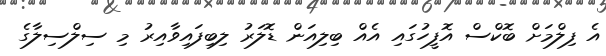
އެ ފިލްމަށް ބޮކްސް އޮފީހުގައި އެއް ބިލިއަން ޑޮލަރު ލިބިފައިވާއިރު މި ސިލްސިލާގެ